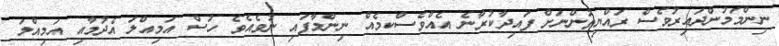
ނިންމަމުންދައިރުވެސް ރައްޔިތުންނަށް ފައިދާކުރާނެ އެއްވެސްކމެއް ނިންމާފައި ނުވެއެވެ ހުސް އަމިއްލަ އެދުމާއި އަމިއްލަ